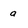
Character: a